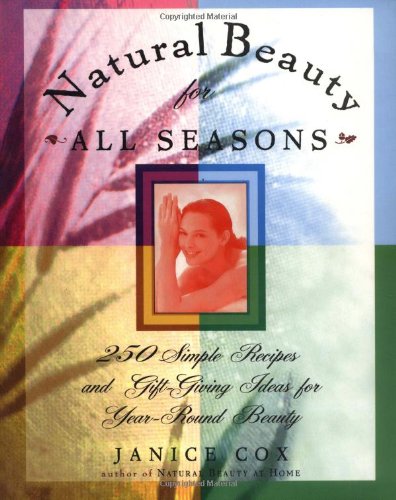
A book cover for Natural Beauty for All Seasons: More Than 250 Simple Recipes and Gift-Giving Ideas for Year-Round Beauty; Janice Cox; Health, Fitness & Dieting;